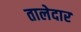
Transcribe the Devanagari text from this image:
तालेदार